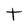
Character: t